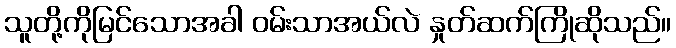
သူတို့ကိုမြင်သောအခါ ဝမ်းသာအယ်လဲ နှုတ်ဆက်ကြိုဆိုသည်။